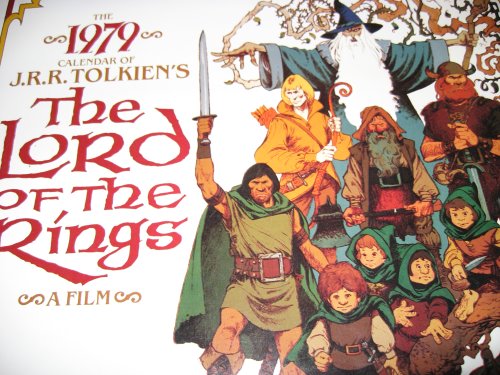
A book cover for Beautiful 1979 J.R.R. Tolkien Lord of the Rings Calendar, featuring artwork from Ralph Bashki's 1979 Animated Lord of the Rings Movie (Lord of the Rings); J.R.R. Tolkien; Calendars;